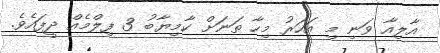
އާލިއާ ވަނި މި އަހަރު މިހާ ތަނަށް ކާމިޔާބު 3 ފިލްމެއް ދީފައެވެ.